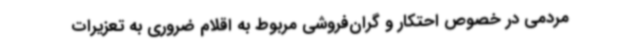
مردمی در خصوص احتکار و گران‌فروشی مربوط به اقلام ضروری به تعزیرات